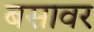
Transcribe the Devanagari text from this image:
बसावर